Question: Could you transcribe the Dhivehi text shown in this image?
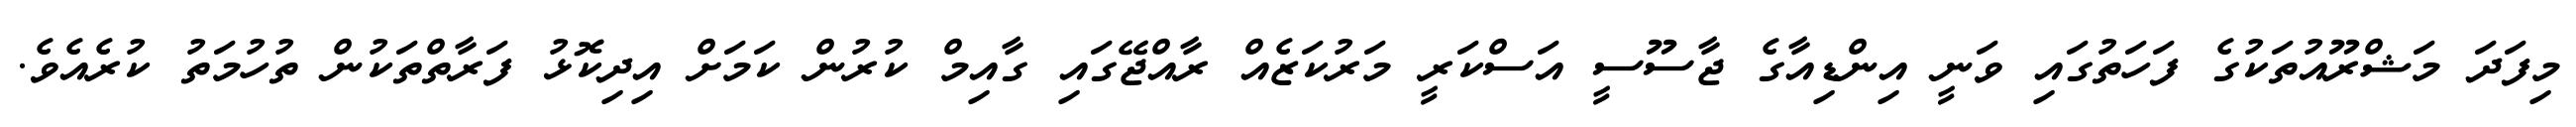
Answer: މިފަދަ މަޝްރޫއުތަކުގެ ފަހަތުގައި ވަނީ އިންޑިއާގެ ޖާސޫސީ އަސްކަރީ މަރުކަޒެއް ރާއްޖޭގައި ގާއިމް ކުރުން ކަމަށް އިދިކޮޅު ފަރާތްތަކުން ތުހުމަތު ކުރެއެވެ.